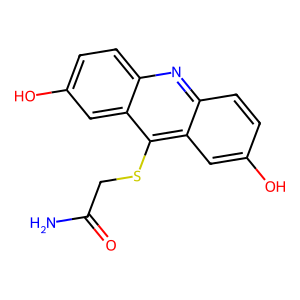
SMILES: NC(=O)CSc1c2cc(O)ccc2nc2ccc(O)cc12
Inhibits HIV replication: No